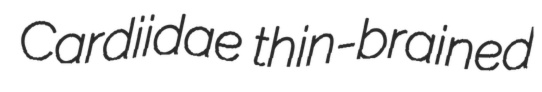
Cardiidae thin-brained